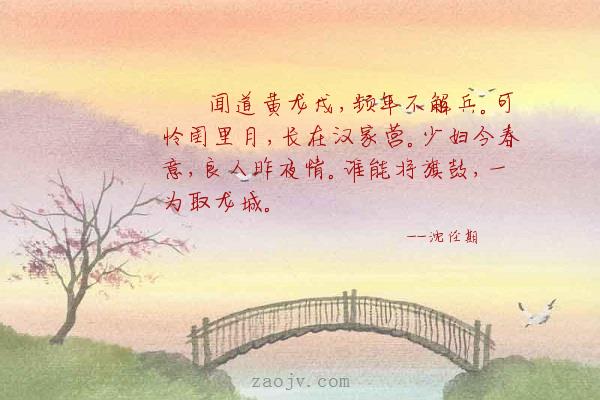
闻道黄龙戍，频年不解兵。